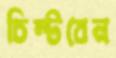
চিম্‌টবেন